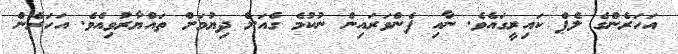
އަހަރެންގެ ލެޕް ކައިރީގައެވެ. ނާއި ފެންވަރައިން ނުކުމެ ގެއަށް ދިޔުމަށް ތައްޔާރުވިއެވެ. އަހަރެން